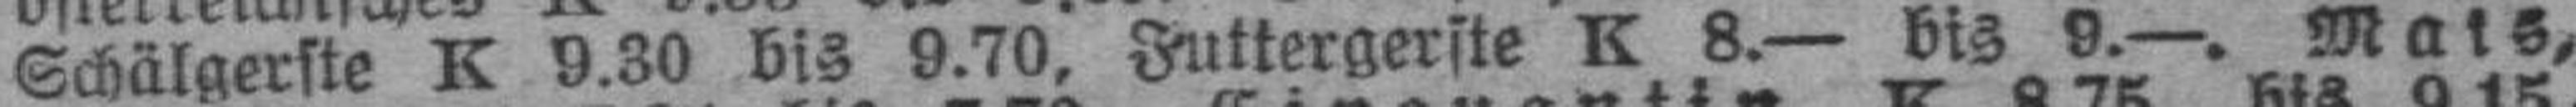
Schälgerste K 9.30 bis 9.70, Futtergerste K 8.— bis 9.—. Mais,